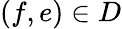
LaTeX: (f,e)\in D